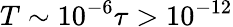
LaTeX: T\sim 10^{-6}\tau>10^{-12}